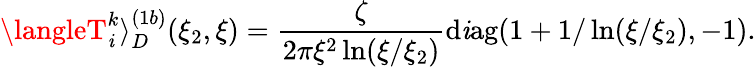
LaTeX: \langleT_{\mathit{i}}^{k}\rangle_{D}^{(1b)}(\xi_{2},\xi)=\frac{{\zeta}}{{2\pi\xi^{2}\ln(\xi/\xi_{2})}}{\mathrm{{d\mathit{i}ag}}}(1+1/\ln(\xi/\xi_{2}),-1).